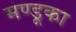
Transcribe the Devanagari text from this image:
मण्डूका